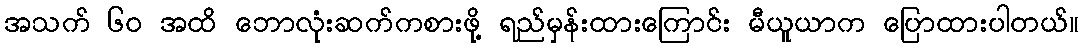
အသက် ၆၀ အထိ ဘောလုံးဆက်ကစားဖို့ ရည်မှန်းထားကြောင်း မီယူယာက ပြောထားပါတယ်။